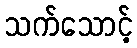
သက်သောင့်